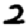
Digit: 2